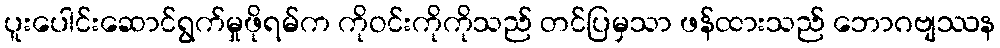
ပူးပေါင်းဆောင်ရွက်မှုဖိုရမ်က ကိုဝင်းကိုကိုသည် တင်ပြမှသာ ဖန်ထားသည် ဘောဂဗျဿန